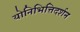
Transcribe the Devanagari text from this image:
योनिभित्तिदर्शन